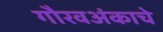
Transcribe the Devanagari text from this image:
गौरवअंकाचे